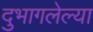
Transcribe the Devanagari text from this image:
दुभागलेल्या